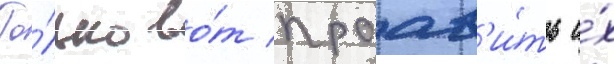
То́лько во́т проав'и́ть и́х